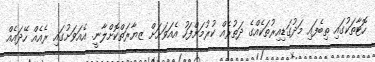
ހޮޓާތަކުގައި ތިބެފައި މަދުގަޑިއިރުތަކެއްގެ ދަތުރެއް ކުރުމަށްފަހު އެއަވަށަށް ޒޔާރަތްކޮށްލާނީ. އެއަވަށުގައި ރެއެއް ހޭދައެއް